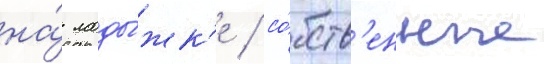
на́ лоды́жк'е / со́бств'енные